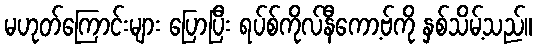
မဟုတ်ကြောင်းများ ပြောပြီး ရပ်စ်ကိုလ်နီကော့ဗ်ကို နှစ်သိမ့်သည်။